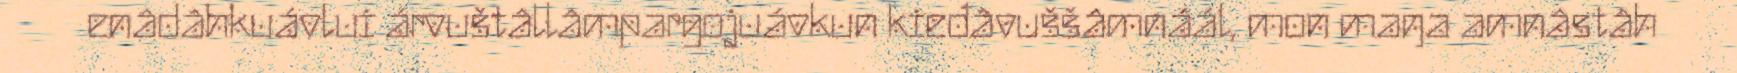
enâdâhkuávlui árvuštâllâmpargojuávkun kieđâvuššâmnáál, mon maŋa amnâstâh